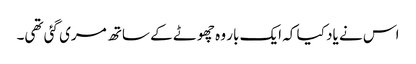
اس نے یاد کیا کہ ایک بار وہ چھوٹے کے ساتھ مری گئی تھی۔